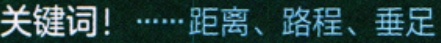
关键词！······距离、路程、垂足